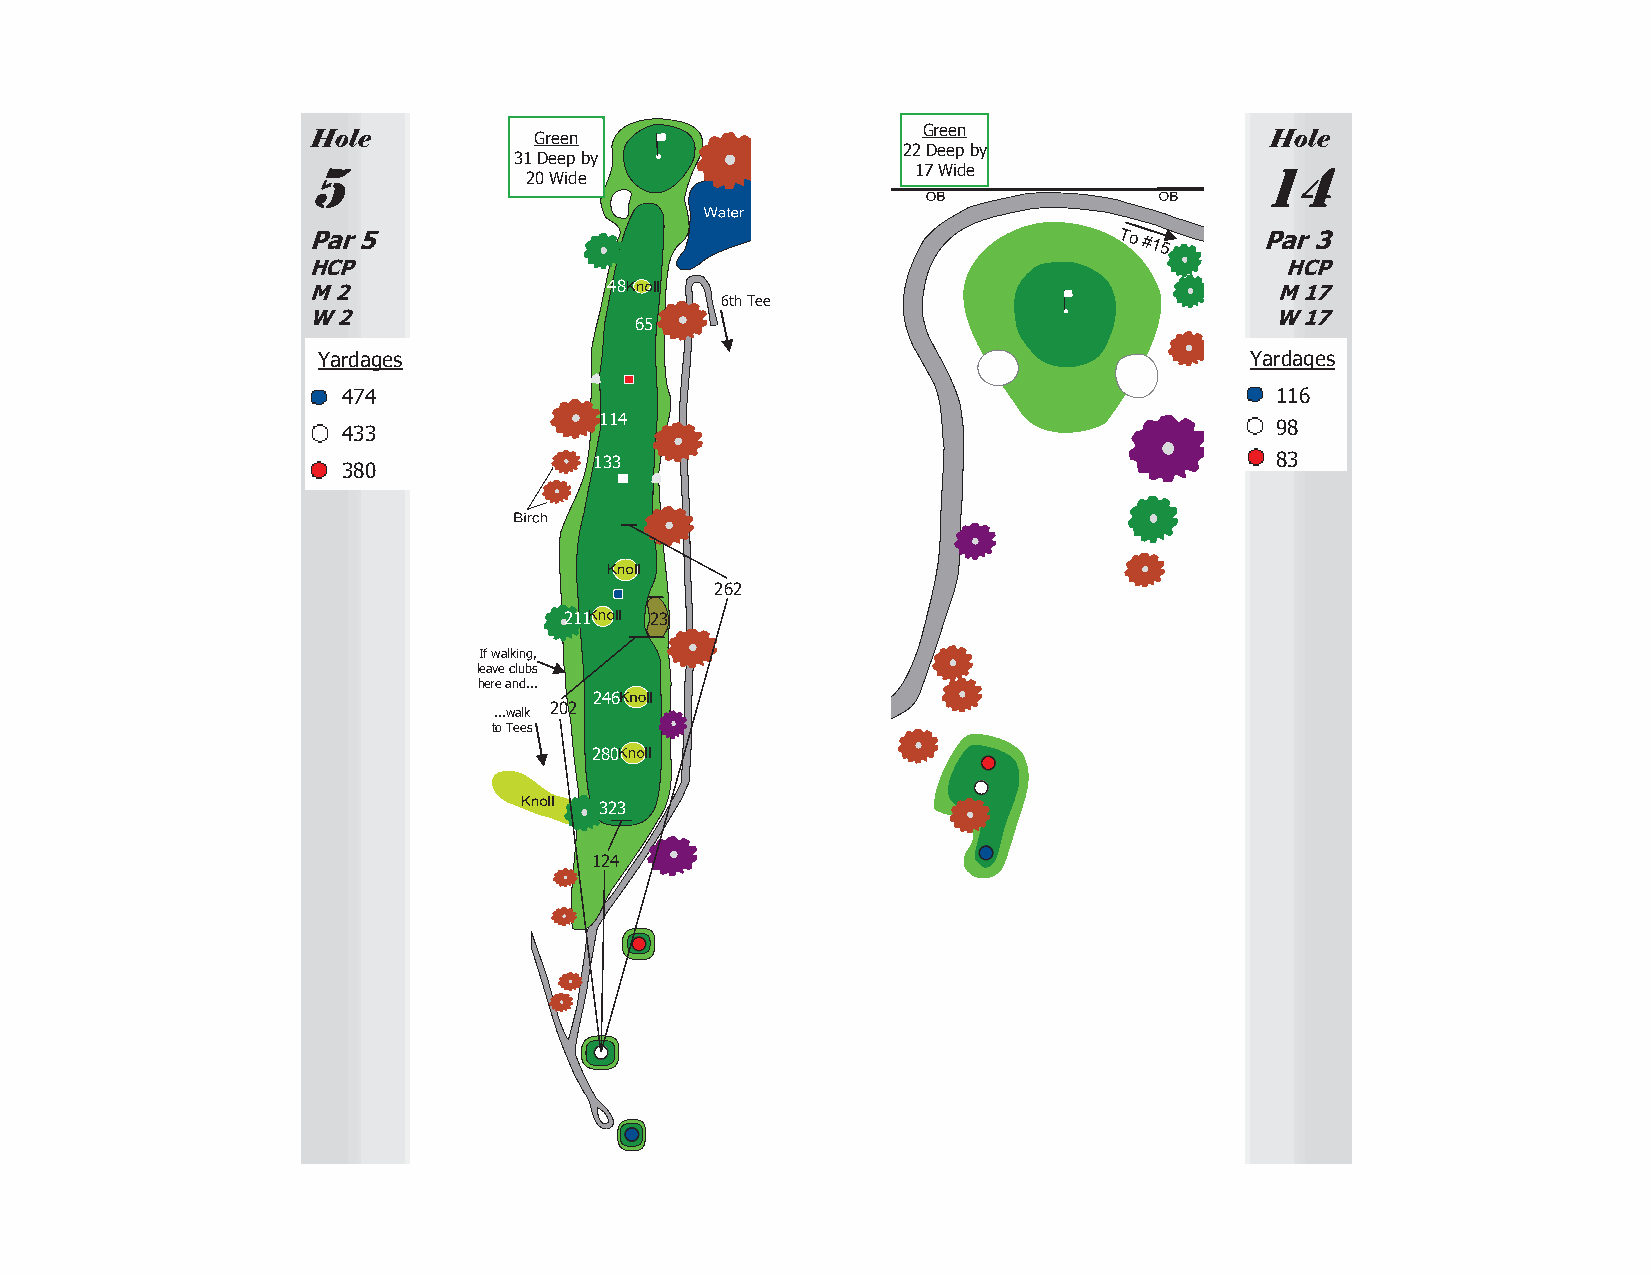
Hole          Green                     Green                  Hole
 5            31 Deep by                22 Deep by              14
 17 Wide
 20 Wide
 Par 5                                                 To
 #15
 Par 3
 HCP                                                              HCP
 M 2                 48                                          M 17
 6th Tee
 W 2                                                             W 17
 65
 Yardages                                                      Yardages
 474                                                          116
 433
 114
 98
 380
 133                                          83
 262
 211   23
 If walking,
 leave clubs
 here and...
 246
 ...walk 202
 to Tees
 280
 323
 124